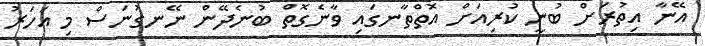
އޭނާ އިތުރަށް ބުނީ ކުރިއަށް އޮތްތާނގައި ވާނެގޮތް ބުނެދޭން ނޭނގުނަސް މި އަހަރު